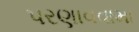
પરણાવવામા